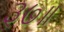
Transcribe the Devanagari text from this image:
३७॥